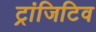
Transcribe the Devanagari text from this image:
ट्रांजिटिव